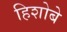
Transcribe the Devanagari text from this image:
हिशोबे